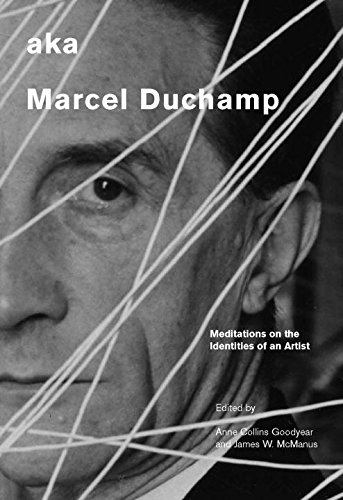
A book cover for aka Marcel Duchamp: Meditations on the Identities of an Artist (Smithsonian Contribution to Knowledge); Arts & Photography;